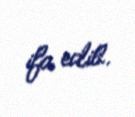
ifa edib.